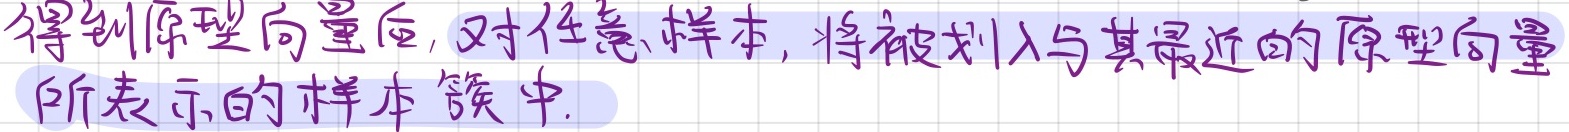
得到原型向量后，对任意样本，将被划入与其最近的原型向量所表示的样本簇中.